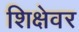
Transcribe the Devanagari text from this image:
शिक्षेवर